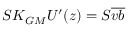
{ \cal S } K _ { G M } U ^ { \prime } ( z ) = { \cal S } \overline { { v b } }